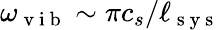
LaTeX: \omega_{\mathrm{~v~i~b~}}\sim\pi{c_{s}}/{\ell_{\mathrm{~s~y~s~}}}